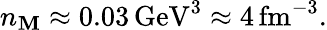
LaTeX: n_{\mathbf{M}}\approx0.03\, \mathrm{{GeV}}^{3}\approx4\, \mathrm{{fm}}^{-3}.